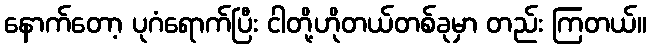
နောက်တော့ ပုဂံရောက်ပြီး ငါတို့ဟိုတယ်တစ်ခုမှာ တည်း ကြတယ်။